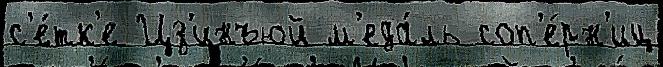
с'е́тк'е Цз'инъюй м'еда́ль соп'е́рн'иц